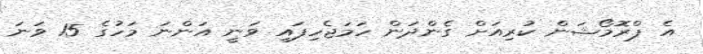
އެ ޕްރޮމޯޝަން ކުރިއަށް ގެންދަން ހަމަޖެހިފައި ވަނީ އަންނަ މަހުގެ 15 ވަނަ